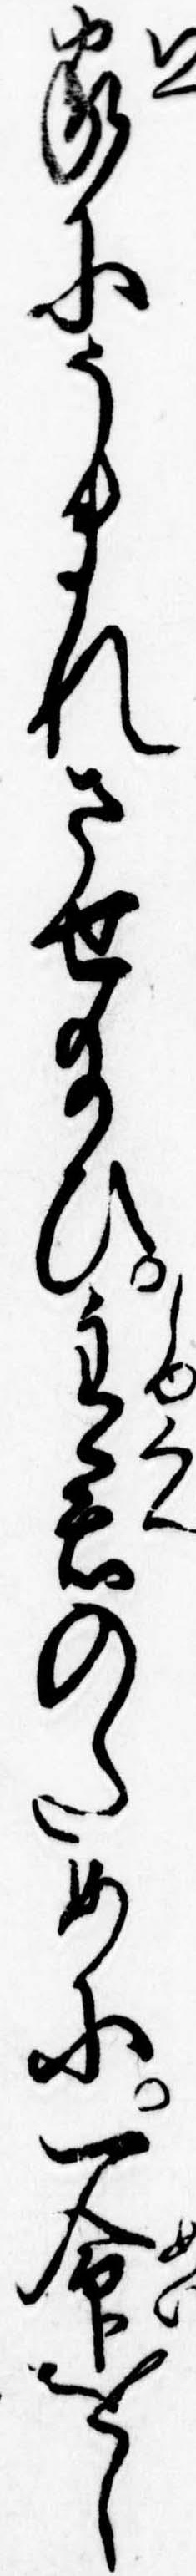
家にうまれさせ給ひ主君のために一命をし